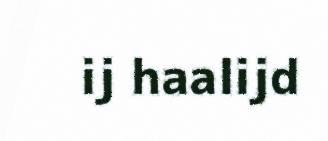
ij haalijd